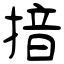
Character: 揞